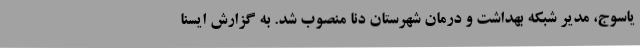
یاسوج، مدیر شبکه بهداشت و درمان شهرستان دنا منصوب شد. به گزارش ایسنا